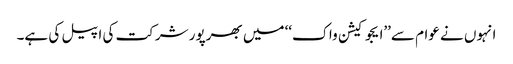
انہوں نے عوام سے’’ایجوکیشن واک‘‘ میں بھرپور شرکت کی اپیل کی ہے۔